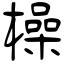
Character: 橾